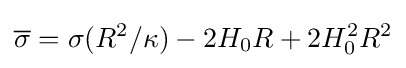
{\overline {\sigma }}=\sigma (R^{2}/\kappa )-2H_{0}R+2H_{0}^{2}R^{2}